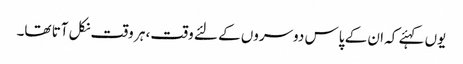
یوں کہئے کہ ان کے پاس دوسروں کے لئے وقت، ہر وقت نکل آتا تھا۔